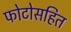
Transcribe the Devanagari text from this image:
फोटोसहित